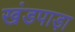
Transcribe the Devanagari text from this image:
खंडपाड़ा